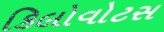
કિલોવોટસ